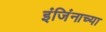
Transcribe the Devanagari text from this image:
इंजिंनाच्या